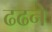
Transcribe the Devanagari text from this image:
ढढने